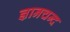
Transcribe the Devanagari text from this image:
ज्ञानचन्द